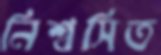
নিশ্বসিত